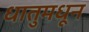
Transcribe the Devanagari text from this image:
धातुमधून